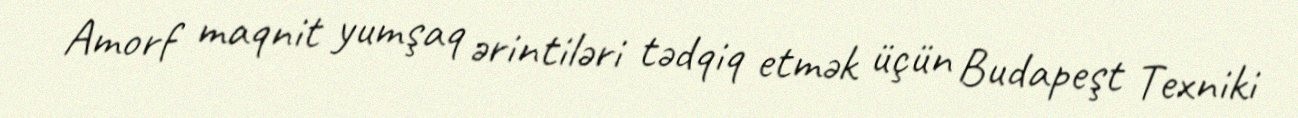
Amorf maqnit yumşaq ərintiləri tədqiq etmək üçün Budapeşt Texniki